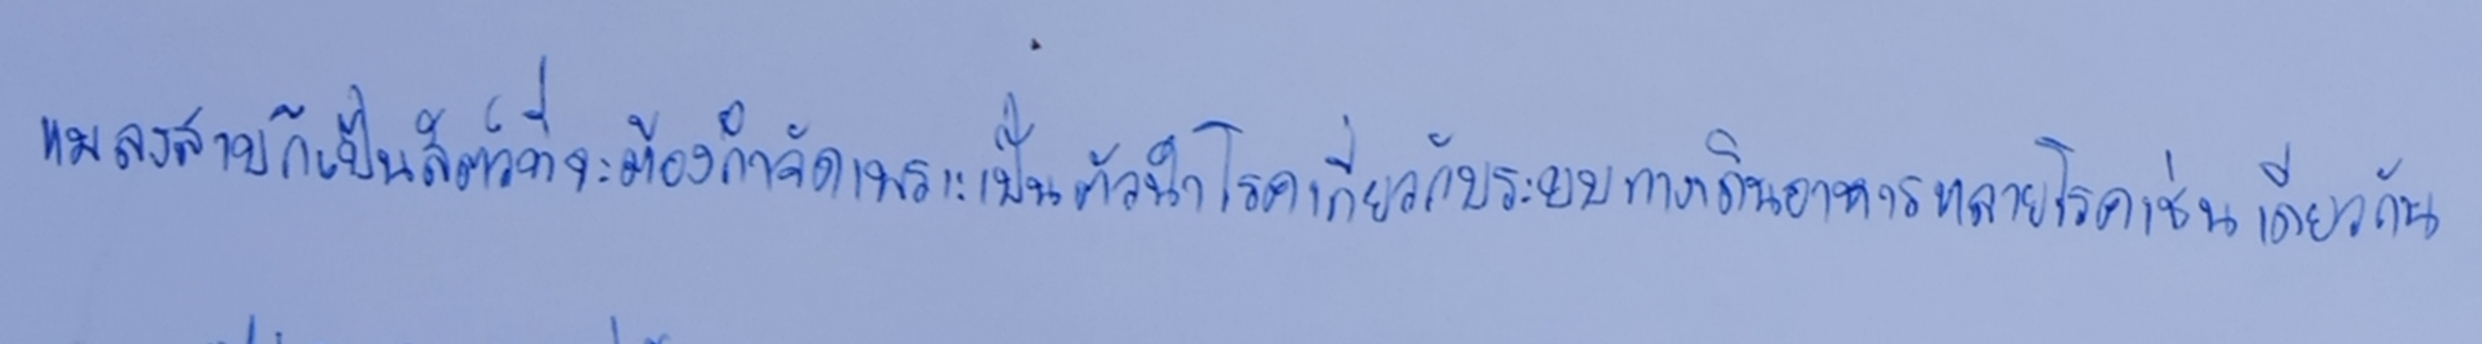
แมลงสาบก็เป็นสัตว์ที่จะต้องกำจัดเพราะเป็นตัวนำโรคเกี่ยวกับระบบทางเดินอาหารหลายโรคเช่นเดียวกัน